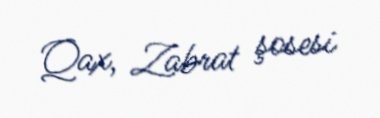
Qax, Zabrat şosesi